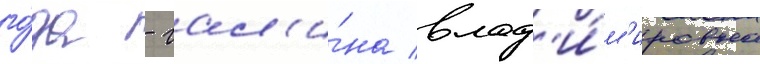
го́да - гал'и́на влад'и́м'ировна